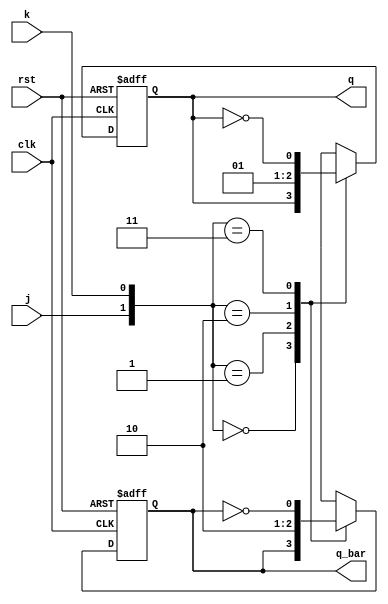
module jk_flipflop (
    input wire clk,
    input wire rst,
    input wire j,
    input wire k,
    output reg q,
    output reg q_bar
);

reg d1, d2;

always @(posedge clk or posedge rst)
begin
    if (rst)
    begin
        d1 <= 1'b0;
        d2 <= 1'b1;
    end
    else
    begin
        case({j, k})
            2'b00: begin
                d1 <= d1;
                d2 <= d2;
            end
            2'b01: begin
                d1 <= 1'b0;
                d2 <= 1'b1;
            end
            2'b10: begin
                d1 <= 1'b1;
                d2 <= 1'b0;
            end
            2'b11: begin
                d1 <= ~d1;
                d2 <= ~d2;
            end
        endcase
    end
end

assign q = d1;
assign q_bar = d2;

endmodule